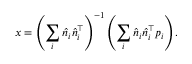
x = \left( \sum _ { i } { \hat { n } } _ { i } { \hat { n } } _ { i } ^ { \top } \right) ^ { - 1 } \left( \sum _ { i } { \hat { n } } _ { i } { \hat { n } } _ { i } ^ { \top } p _ { i } \right) .